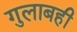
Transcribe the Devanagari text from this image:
गुलाबही